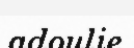
adoulie